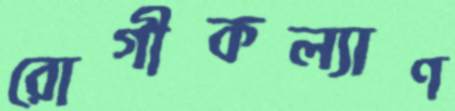
রোগীকল্যাণ